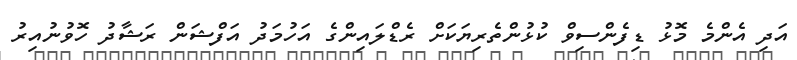
އަދި އެންމެ މޮޅު ޑިފެންސިވް ކުޅުންތެރިޔަކަށް ރެޑްލައިންގެ އަހުމަދު އަފްޝަން ރަޝާދު ހޮވުނުއިރު